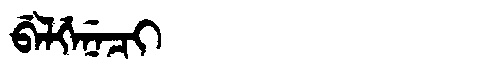
Manchu: ᠪᡝᠯᡤᡝᠨᡝᠴᡳ
Romanization: BELGENECI